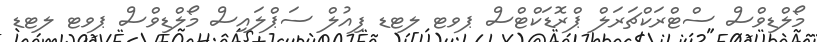
މޯލްޑިވްސް ސްޓްރަކްޗަރަލް ޕްރޮޑަކްޓްސް ޕވޓ ލޓޑ ފިއުލް ސަޕްލައިސް މޯލްޑިވްސް ޕވޓ ލޓޑ